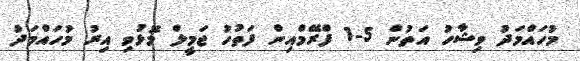
މުހައްމަދު ވިޝާހު އަތުން 5-1 ފްރޭމްއިން ފަތުހު ޖަމީލް މޮޅުވި އިރު މުހައްމަދު